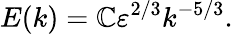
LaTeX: E(k)=\mathbb{C}\varepsilon^{2/3}k^{-5/3}.